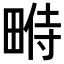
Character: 𤲔